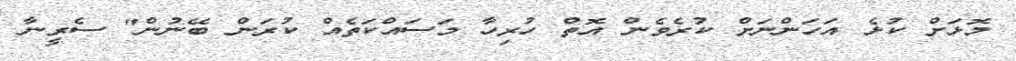
މޮޅަށް ކުޅެ އަހަންނަށް ކުރެވެން އޮތް ހުރިހާ މަސައްކަތެއް ކުރަން ބޭނުން" ސެރީނާ